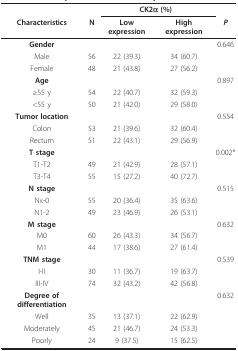
<table><thead><tr><td>[EMPTY_CELL]</td><td>[EMPTY_CELL]</td><td colspan="2"><b>CK2α (%)</b></td><td>[EMPTY_CELL]</td></tr><tr><td><b>Characteristics</b></td><td><b>N</b></td><td><b>Low expression</b></td><td><b>High expression</b></td><td><b><i>P</i></b></td></tr></thead><tbody><tr><td><b>Gender</b></td><td>[EMPTY_CELL]</td><td>[EMPTY_CELL]</td><td>[EMPTY_CELL]</td><td>0.646</td></tr><tr><td>Male</td><td>56</td><td>22 (39.3)</td><td>34 (60.7)</td><td>[EMPTY_CELL]</td></tr><tr><td>Female</td><td>48</td><td>21 (43.8)</td><td>27 (56.2)</td><td>[EMPTY_CELL]</td></tr><tr><td><b>Age</b></td><td>[EMPTY_CELL]</td><td>[EMPTY_CELL]</td><td>[EMPTY_CELL]</td><td>0.897</td></tr><tr><td>≥55 y</td><td>54</td><td>22 (40.7)</td><td>32 (59.3)</td><td>[EMPTY_CELL]</td></tr><tr><td>&lt;55 y</td><td>50</td><td>21 (42.0)</td><td>29 (58.0)</td><td>[EMPTY_CELL]</td></tr><tr><td><b>Tumor location</b></td><td>[EMPTY_CELL]</td><td>[EMPTY_CELL]</td><td>[EMPTY_CELL]</td><td>0.554</td></tr><tr><td>Colon</td><td>53</td><td>21 (39.6)</td><td>32 (60.4)</td><td>[EMPTY_CELL]</td></tr><tr><td>Rectum</td><td>51</td><td>22 (43.1)</td><td>29 (56.9)</td><td>[EMPTY_CELL]</td></tr><tr><td><b>T stage</b></td><td>[EMPTY_CELL]</td><td>[EMPTY_CELL]</td><td>[EMPTY_CELL]</td><td>0.002*</td></tr><tr><td>T1-T2</td><td>49</td><td>21 (42.9)</td><td>28 (57.1)</td><td>[EMPTY_CELL]</td></tr><tr><td>T3-T4</td><td>55</td><td>15 (27.2)</td><td>40 (72.7)</td><td>[EMPTY_CELL]</td></tr><tr><td><b>N stage</b></td><td>[EMPTY_CELL]</td><td>[EMPTY_CELL]</td><td>[EMPTY_CELL]</td><td>0.515</td></tr><tr><td>Nx-0</td><td>55</td><td>20 (36.4)</td><td>35 (63.6)</td><td>[EMPTY_CELL]</td></tr><tr><td>N1-2</td><td>49</td><td>23 (46.9)</td><td>26 (53.1)</td><td>[EMPTY_CELL]</td></tr><tr><td><b>M stage</b></td><td>[EMPTY_CELL]</td><td>[EMPTY_CELL]</td><td>[EMPTY_CELL]</td><td>0.632</td></tr><tr><td>M0</td><td>60</td><td>26 (43.3)</td><td>34 (56.7)</td><td>[EMPTY_CELL]</td></tr><tr><td>M1</td><td>44</td><td>17 (38.6)</td><td>27 (61.4)</td><td>[EMPTY_CELL]</td></tr><tr><td><b>TNM stage</b></td><td>[EMPTY_CELL]</td><td>[EMPTY_CELL]</td><td>[EMPTY_CELL]</td><td>0.539</td></tr><tr><td>I-II</td><td>30</td><td>11 (36.7)</td><td>19 (63.7)</td><td>[EMPTY_CELL]</td></tr><tr><td>III-IV</td><td>74</td><td>32 (43.2)</td><td>42 (56.8)</td><td>[EMPTY_CELL]</td></tr><tr><td><b>Degree of differentiation</b></td><td>[EMPTY_CELL]</td><td>[EMPTY_CELL]</td><td>[EMPTY_CELL]</td><td>0.632</td></tr><tr><td>Well</td><td>35</td><td>13 (37.1)</td><td>22 (62.9)</td><td>[EMPTY_CELL]</td></tr><tr><td>Moderately</td><td>45</td><td>21 (46.7)</td><td>24 (53.3)</td><td>[EMPTY_CELL]</td></tr><tr><td>Poorly</td><td>24</td><td>9 (37.5)</td><td>15 (62.5)</td><td>[EMPTY_CELL]</td></tr></tbody></table>